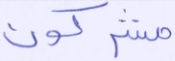
مشركون